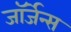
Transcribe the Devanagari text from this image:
जॉर्जेन्स